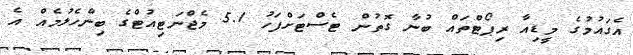
އެގައުމުގެ މީޑިއާ ރިޕޯޓްތައް ބުނާ ގޮތުން ޓެސްޓަށްފަހު 5.1 މެޖްނަޓިއުޓްގެ ބިންހެލުމެއް އެ